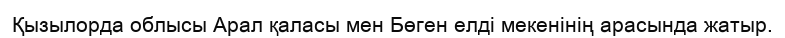
Қызылорда облысы Арал қаласы мен Бөген елді мекенінің арасында жатыр.